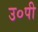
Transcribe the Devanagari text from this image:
उ०पी